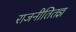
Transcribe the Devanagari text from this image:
राजनीतितज्ञ